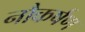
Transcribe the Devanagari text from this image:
नौकर्षण